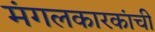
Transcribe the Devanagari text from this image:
मंगलकारकांची